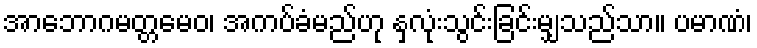
အာဘောဂမတ္တမေဝ၊ အကပ်ခံမည်ဟု နှလုံးသွင်းခြင်းမျှသည်သာ။ ပမာဏံ၊